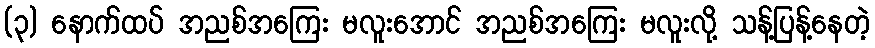
(၃) နောက်ထပ် အညစ်အကြေး မလူးအောင် အညစ်အကြေး မလူးလို့ သန့်ပြန့်နေတဲ့